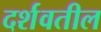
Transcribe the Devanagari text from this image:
दर्शवतील